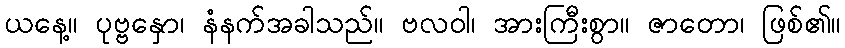
ယနေ့။ ပုဗ္ဗနှော၊ နံနက်အခါသည်။ ဗလဝါ၊ အားကြီးစွာ။ ဇာတော၊ ဖြစ်၏။